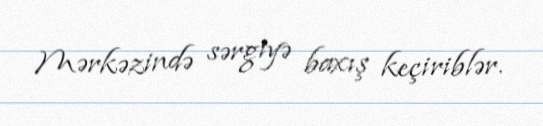
Mərkəzində sərgiyə baxış keçiriblər.